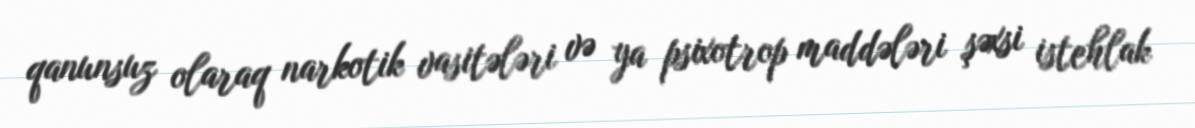
qanunsuz olaraq narkotik vasitələri və ya psixotrop maddələri şəxsi istehlak